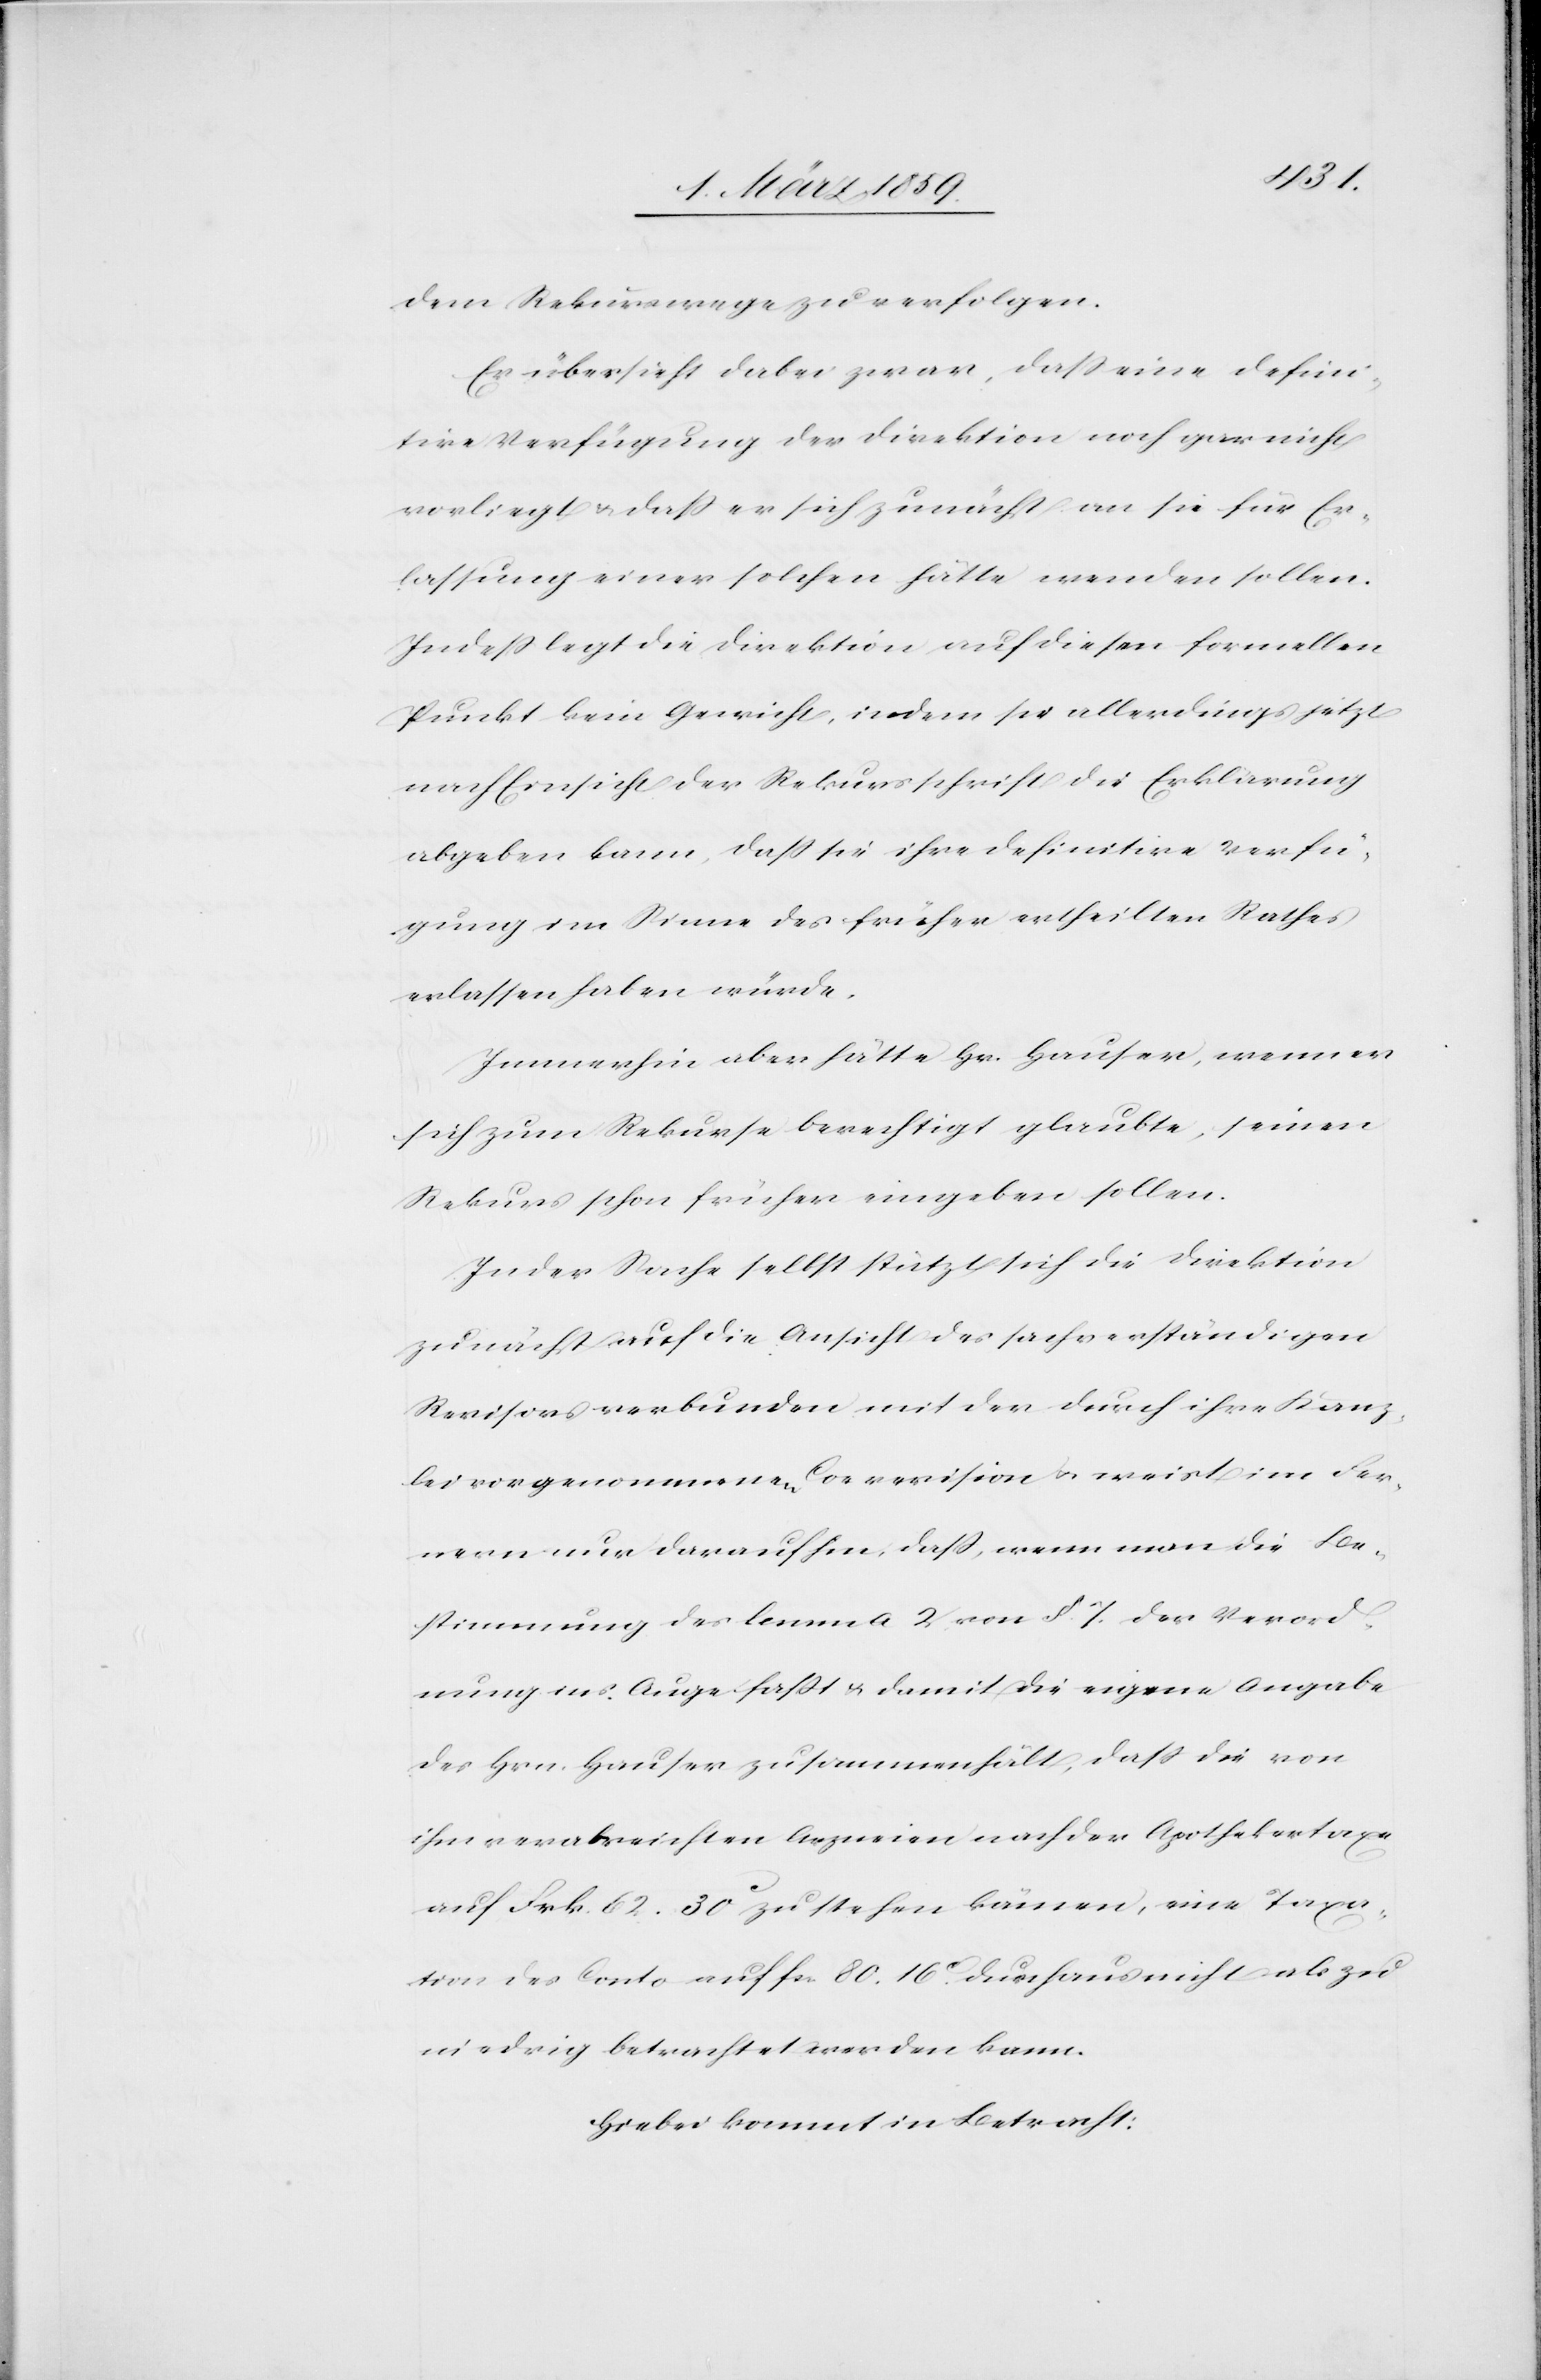
dem Rekurswege zu verfolgen.
Er übersieht dabei zwar, daß eine defini¬
tive Verfügung der Direktion noch gar nicht
vorliegt & daß er sich zunächst an sie für Er¬
lassung einer solchen hätte wenden sollen.
Indeß legt die Direktion auf diesen formellen
Punkt kein Gewicht, indem sie allerdings jetzt
nach Einsicht der Rekursschrift die Erklärung
abgeben kann, daß sie ihre definitive Verfü¬
gung im Sinne des früher ertheilten Rathes
erlassen haben würde.
Immerhin aber hätte Hr. Hauser, wenn er
sich zum Rekurse berechtigt glaubte, seinen
Rekurs schon früher eingeben sollen.
In der Sache selbst stützt sich die Direktion
zunächst auf die Ansicht des sachverständigen
Revisors verbunden mit der durch ihre Kanz¬
lei vorgenommenen Correvision u. weist im Fer¬
nern nur darauf hin, daß, wenn man die Be¬
stimmung des Lemma 2 von §. 7. der Verord¬
nung ins Auge faßt u. damit die eigene Angabe
des Hrn. Hauser zusammenhält, daß die von
ihm verabreichten Arzneien nach der Apothekertaxe
auf Frk. 62. 30 c zu stehen kämen, eine Taxa¬
tion des Conto auf fcs. 80. 16 c. durchaus nicht als zu
niedrig betrachtet werden kann.
Hiebei kommt in Betracht: